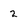
Character: 2